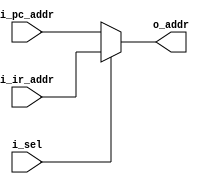
module addr_mux(
    output [7:0] o_addr,
    input i_sel,
    input [7:0] i_ir_addr,
    input [7:0] i_pc_addr
);

assign o_addr = (i_sel)? i_ir_addr:i_pc_addr;

endmodule